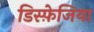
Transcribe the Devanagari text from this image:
डिस्फ़ेजिया